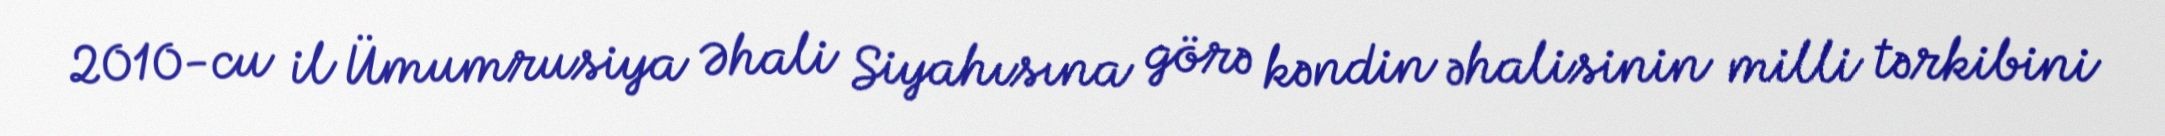
2010-cu il Ümumrusiya Əhali Siyahısına görə kəndin əhalisinin milli tərkibini